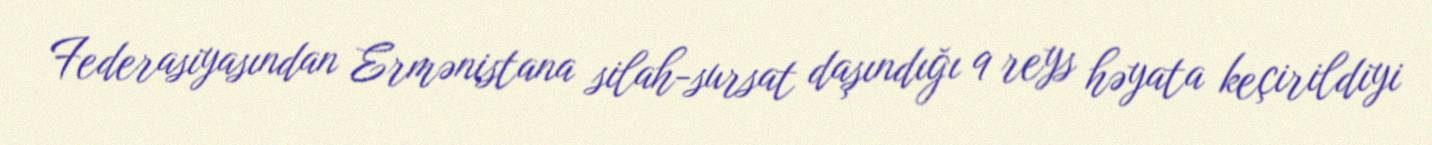
Federasiyasından Ermənistana silah-sursat daşındığı 9 reys həyata keçirildiyi